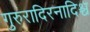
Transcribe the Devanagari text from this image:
गुरुरादिरनादिश्च